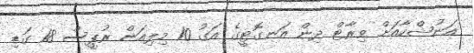
އަނުޝްކާއަށް ވިރާޓް ދިން އަނގޮޓީގެ އަގު 10 މިލިއަން ރުޕީސް 18 ގަޑި